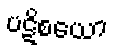
ပဋိစယော